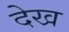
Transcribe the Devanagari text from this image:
देख्‍ा